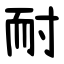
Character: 耐